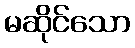
မဆိုင်သော